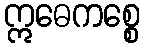
ဣဓေကစ္စေ